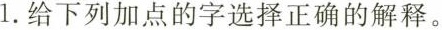
1.给下列加点的字选择正确的解释。